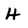
Character: H